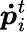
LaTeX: \boldsymbol{\dot{p}}_{i}^{t}